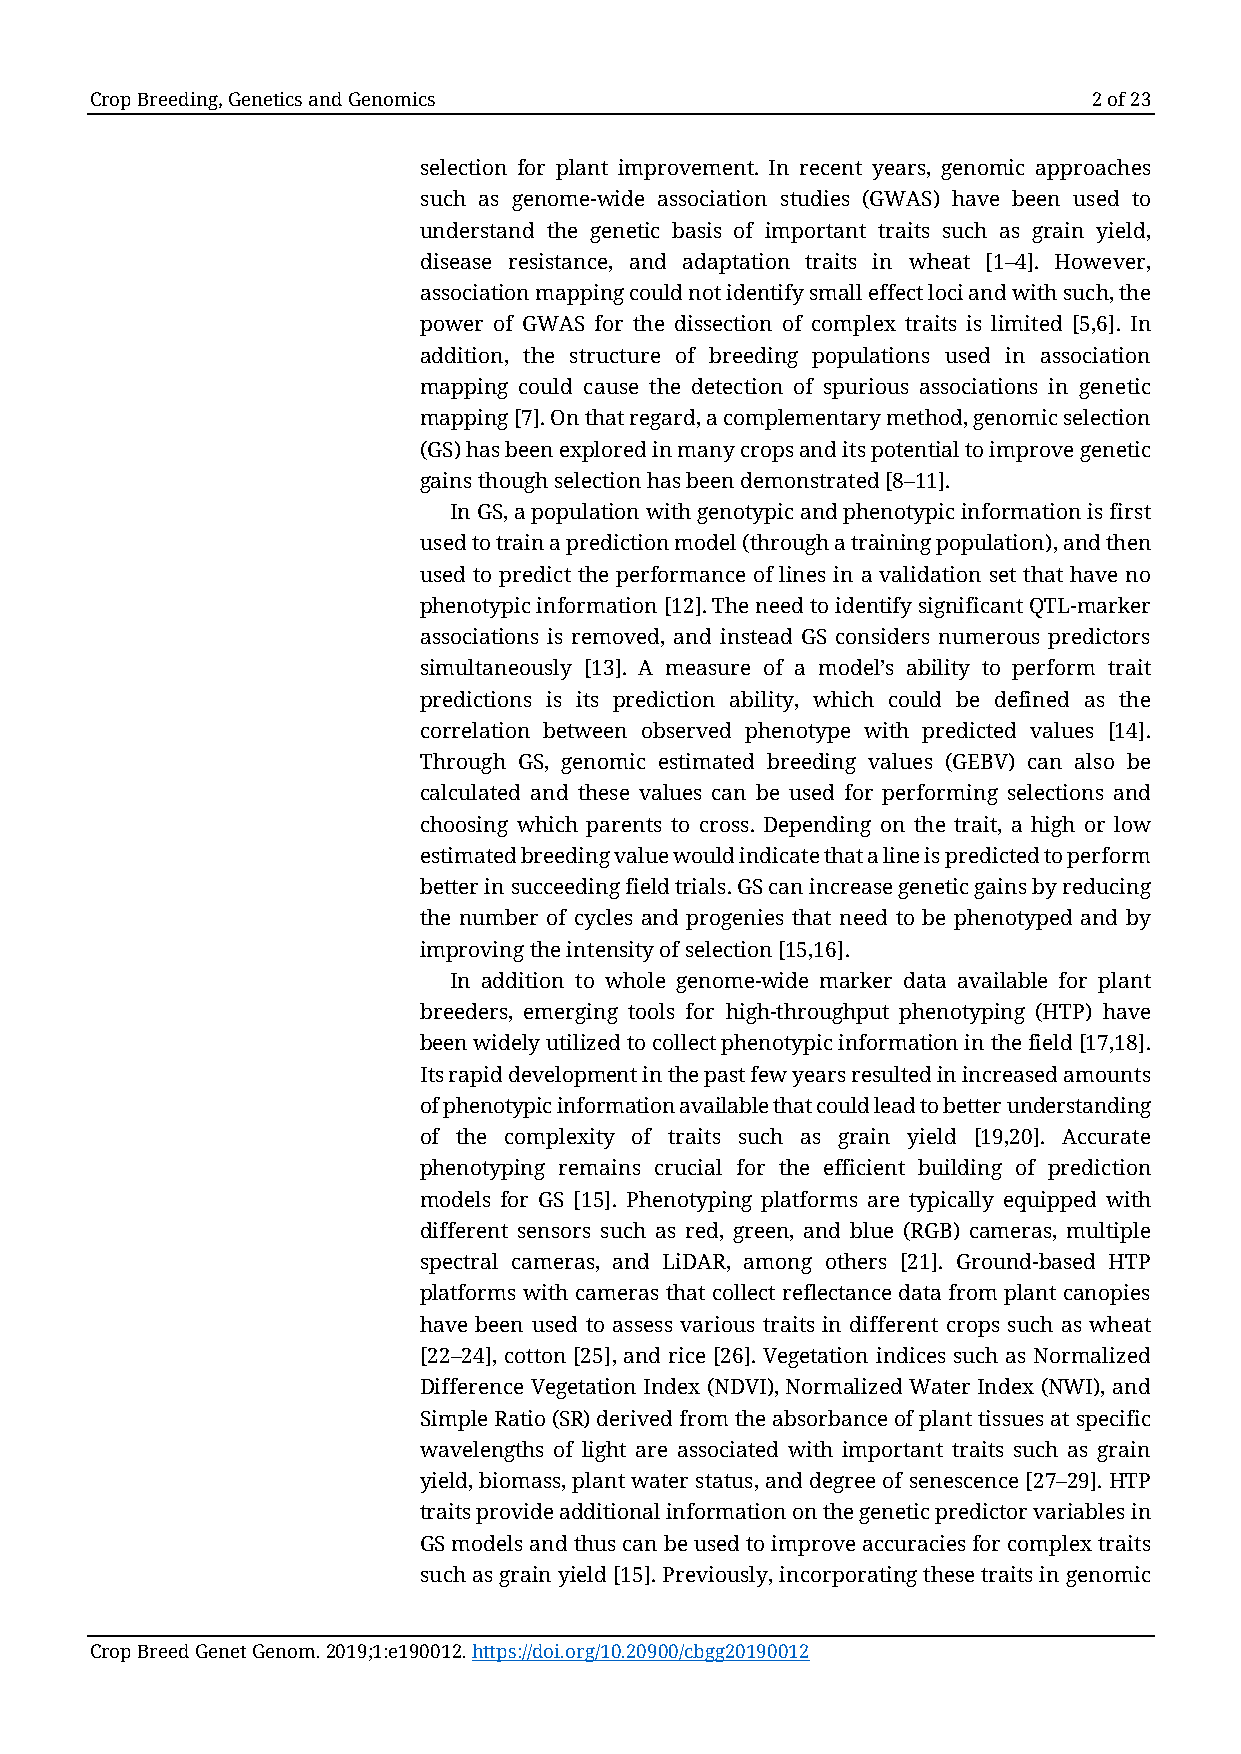
Crop Breeding, Genetics and Genomics                              2 of 23
 selection for plant improvement. In recent years, genomic approaches
 such as genome-wide association studies (GWAS) have been used to
 understand the genetic basis of important traits such as grain yield,
 disease resistance, and adaptation traits in wheat [1–4]. However,
 association mapping could not identify small effect loci and with such, the
 power of GWAS for the dissection of complex traits is limited [5,6]. In
 addition, the structure of breeding populations used in association
 mapping could cause the detection of spurious associations in genetic
 mapping [7]. On that regard, a complementary method, genomic selection
 (GS) has been explored in many crops and its potential to improve genetic
 gains though selection has been demonstrated [8–11].
 In GS, a population with genotypic and phenotypic information is first
 used to train a prediction model (through a training population), and then
 used to predict the performance of lines in a validation set that have no
 phenotypic information [12]. The need to identify significant QTL-marker
 associations is removed, and instead GS considers numerous predictors
 simultaneously [13]. A measure of a model’s ability to perform trait
 predictions is its prediction ability, which could be defined as the
 correlation between observed phenotype with predicted values [14].
 Through GS, genomic estimated breeding values (GEBV) can also be
 calculated and these values can be used for performing selections and
 choosing which parents to cross. Depending on the trait, a high or low
 estimated breeding value would indicate that a line is predicted to perform
 better in succeeding field trials. GS can increase genetic gains by reducing
 the number of cycles and progenies that need to be phenotyped and by
 improving the intensity of selection [15,16].
 In addition to whole genome-wide marker data available for plant
 breeders, emerging tools for high-throughput phenotyping (HTP) have
 been widely utilized to collect phenotypic information in the field [17,18].
 Its rapid development in the past few years resulted in increased amounts
 of phenotypic information available that could lead to better understanding
 of the complexity of traits such as grain yield [19,20]. Accurate
 phenotyping remains crucial for the efficient building of prediction
 models for GS [15]. Phenotyping platforms are typically equipped with
 different sensors such as red, green, and blue (RGB) cameras, multiple
 spectral cameras, and LiDAR, among others [21]. Ground-based HTP
 platforms with cameras that collect reflectance data from plant canopies
 have been used to assess various traits in different crops such as wheat
 [22–24], cotton [25], and rice [26]. Vegetation indices such as Normalized
 Difference Vegetation Index (NDVI), Normalized Water Index (NWI), and
 Simple Ratio (SR) derived from the absorbance of plant tissues at specific
 wavelengths of light are associated with important traits such as grain
 yield, biomass, plant water status, and degree of senescence [27–29]. HTP
 traits provide additional information on the genetic predictor variables in
 GS models and thus can be used to improve accuracies for complex traits
 such as grain yield [15]. Previously, incorporating these traits in genomic
 Crop Breed Genet Genom. 2019;1:e190012. https://doi.org/10.20900/cbgg20190012